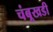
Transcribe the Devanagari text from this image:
चंबूखडी